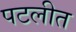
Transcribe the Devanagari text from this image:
पटलीत